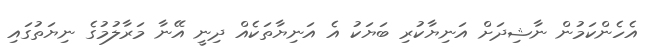
އެހެންކަމުން ނާޝިދަށް އަނިޔާކުރި ބަޔަކު އެ އަނިޔާތަކެއް ދިނީ އޭނާ މަރާލުމުގެ ނިޔަތުގައި